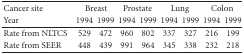
<table><thead><tr><td><b>Cancer site</b></td><td colspan="2"><b>Breast</b></td><td colspan="2"><b>Prostate</b></td><td colspan="2"><b>Lung</b></td><td colspan="2"><b>Colon</b></td></tr><tr><td><b>Year</b></td><td><b>1994</b></td><td><b>1999</b></td><td><b>1994</b></td><td><b>1999</b></td><td><b>1994</b></td><td><b>1999</b></td><td><b>1994</b></td><td><b>1999</b></td></tr></thead><tbody><tr><td>Rate from NLTCS</td><td>529</td><td>472</td><td>960</td><td>802</td><td>337</td><td>327</td><td>216</td><td>199</td></tr><tr><td>Rate from SEER</td><td>448</td><td>439</td><td>991</td><td>964</td><td>345</td><td>338</td><td>232</td><td>218</td></tr></tbody></table>